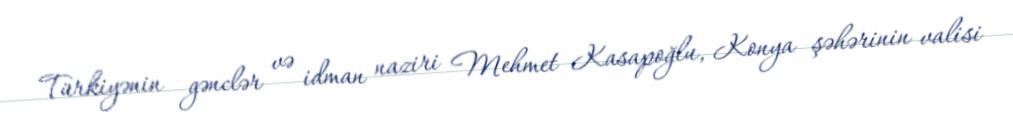
Türkiyənin gənclər və idman naziri Mehmet Kasapoğlu, Konya şəhərinin valisi